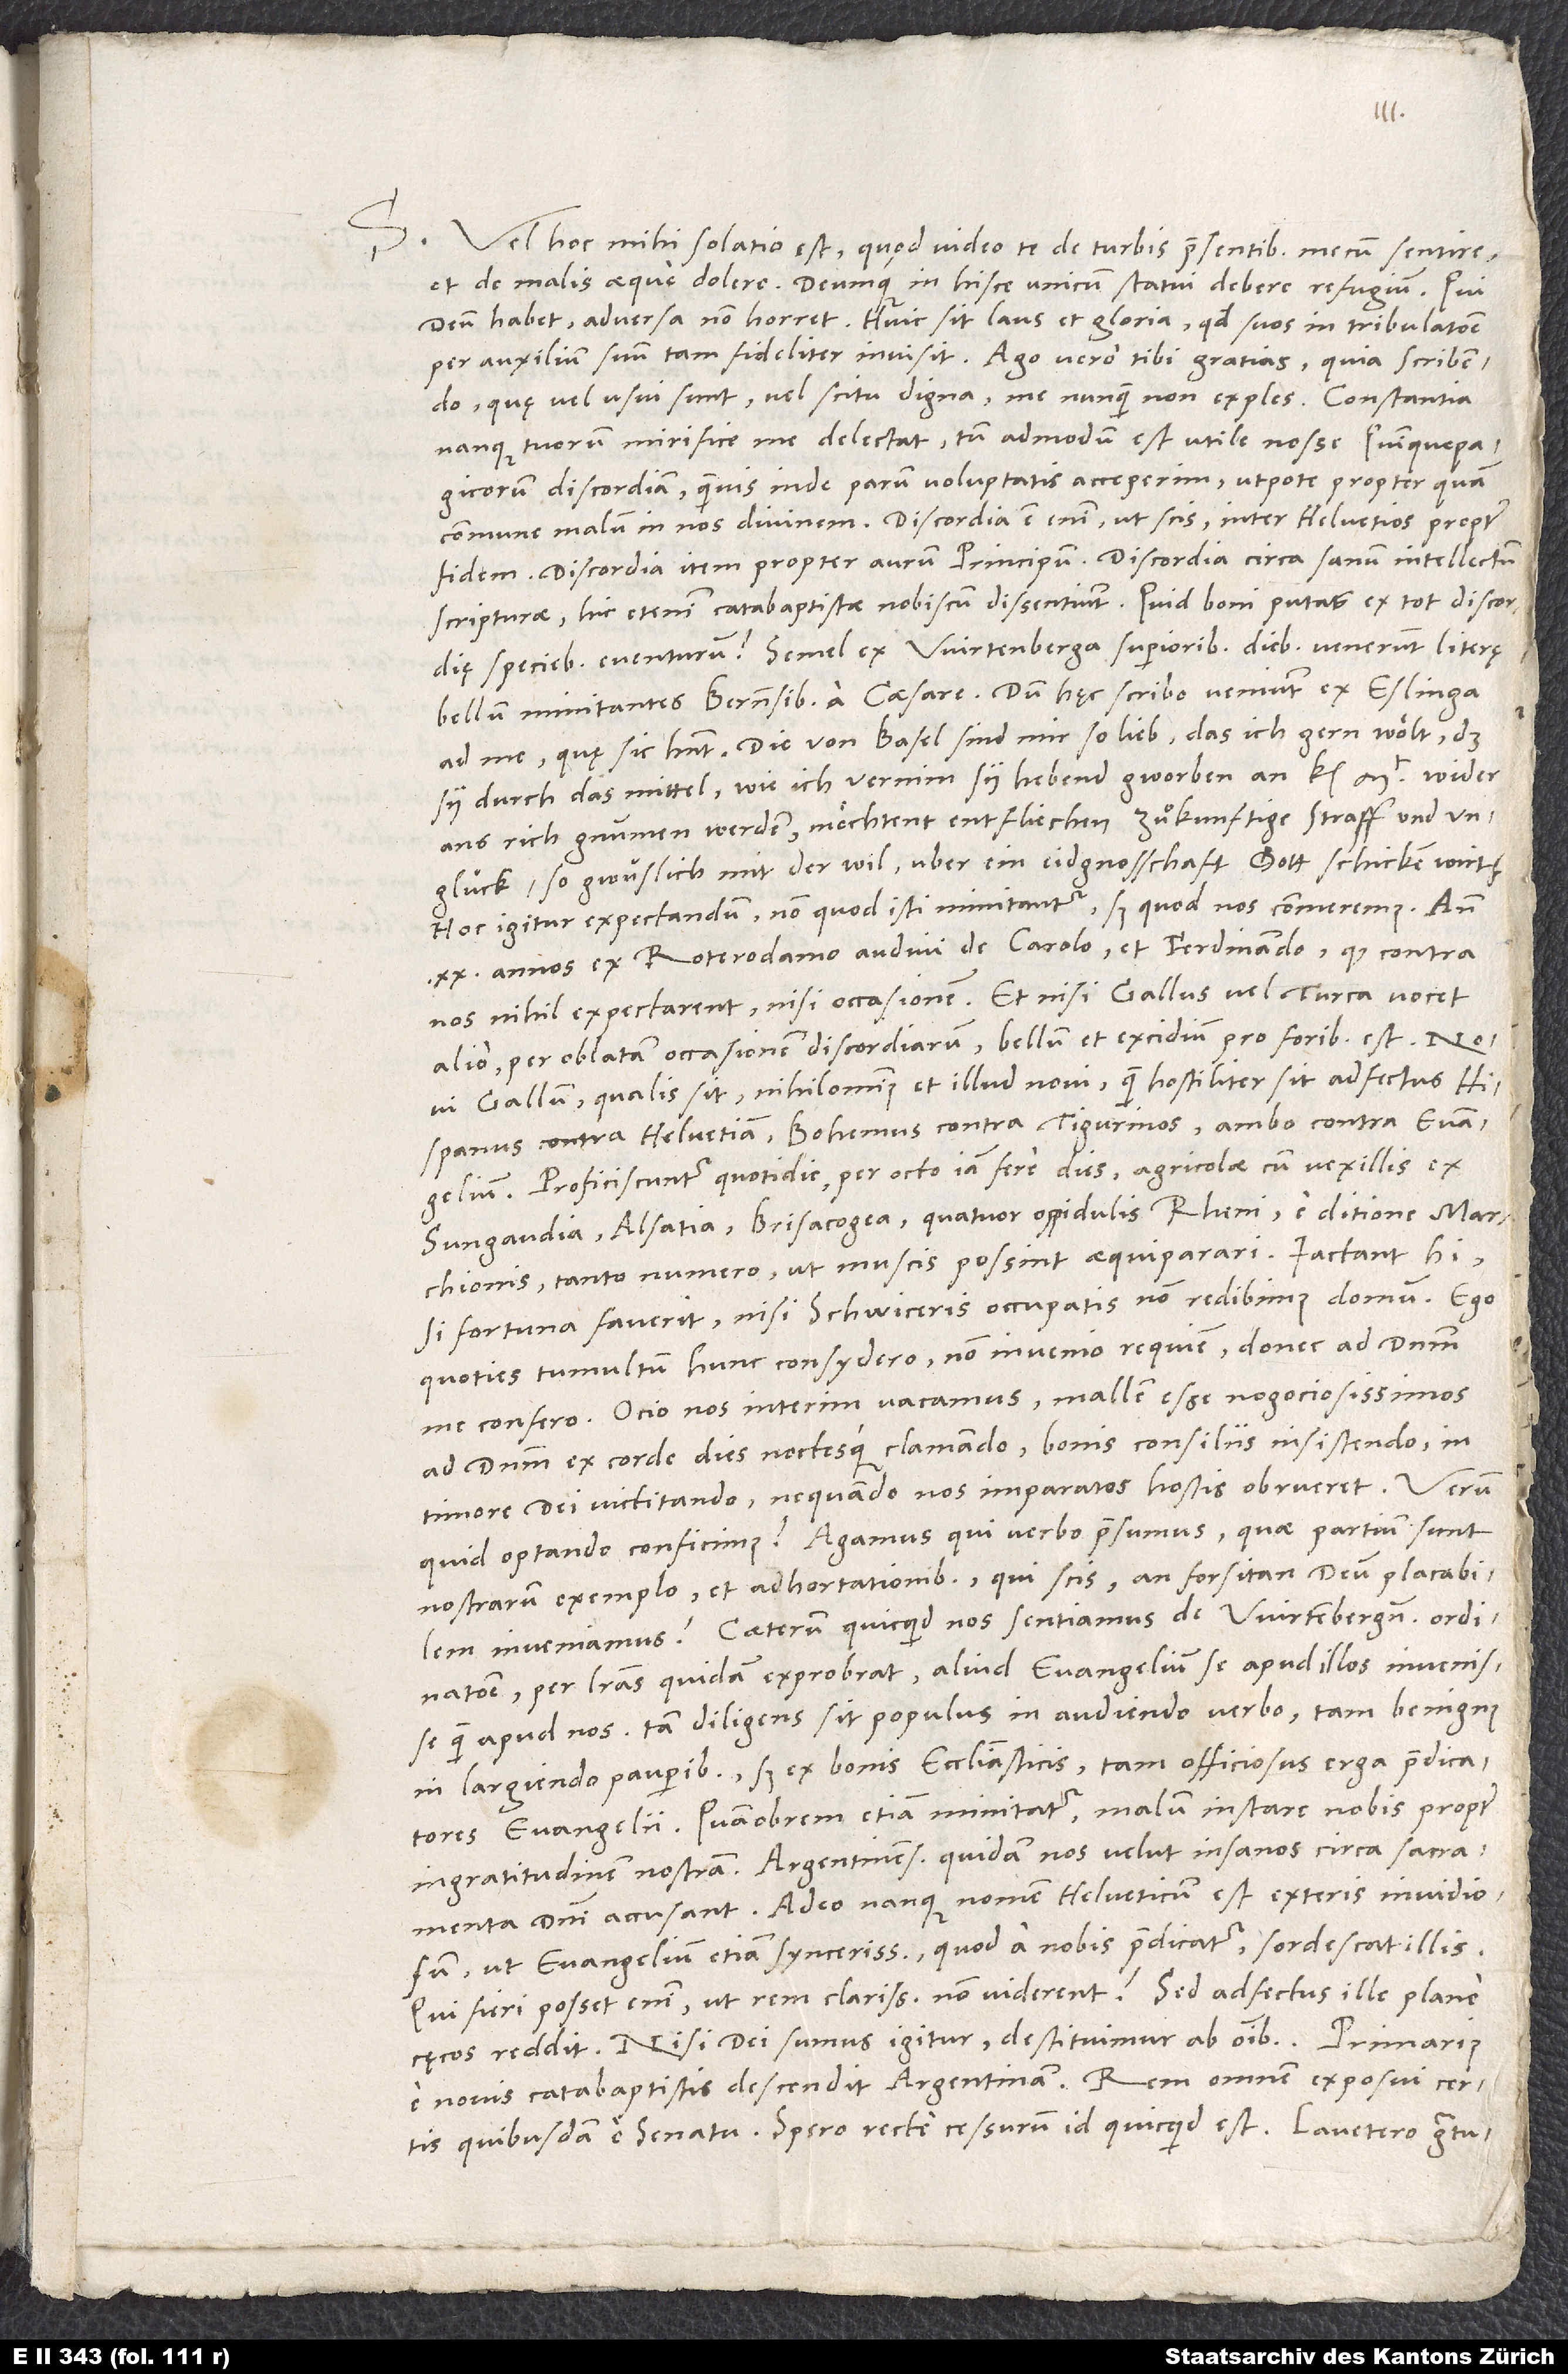
S. Vel hoc mihi solatio est, quod video te de turbis praesentibus mecum sentire
et de malis aeque dolere, deumque in hisce unicum statui debere refugium. Qui
deum habet, adversa non horret. Huic sit laus et gloria, quod suos in tribulatione
per auxilium suum tam fideliter invisit. Ago vero tibi gratias, quia scribendo,
quę vel usui sunt vel scitu digna, me nunquam non exples. Constantia
nanque tuorum mirifice me delectat; tum admodum est utile nosse Quinquepagicorum
discordiam, quamvis inde parum voluptatis acceperim, utpote propter quam
commune malum in nos divinem. Discordia est enim, ut scis, inter Helvetios propter
fidem, discordia item propter aurum principum, discordia circa sanum intellectum
scripturae; hic etenim catabaptistae nobiscum dissentiunt. Quid boni putas ex tot discordię
bellum minitantes Bernensibus a caesare. Dum haec scribo, veniunt ex Eslinga
ad me, quae sic habent: "Die von Basel sind mir so lieb, das ich gern wölt, daß
sy durch das mittel, wie ich vernim, sy hebend gworben an kt wider
ans rich gnummen werden, möchtent entfliechen zuͦkunftige straff und
unglück, so gwüslich mit der wil über ein eidgnosschaft gott schicken wirt."
Hoc igitur expectandum, non quod isti minitantur, sed quod nos commeremus. Ante
20 annos ex Roterodamo audivi de Carob et Ferdinando, qui contra
nos nihil expectarent nisi occasionem. Et nisi Gallus vel Turca vocet
alio, per oblatam occasionem discordiarum bellum et excidium pro foribus est. Novi
Gallum, qualis sit; nihilominus et illud novi, quam hostiliter sit adfectus Hispanus
contra Helvetiam, Bohemus contra Tigurinos, ambo contra evangelium.
Proficiscuntur quotidie per octo iam fere dies agricolae cum vexillis ex
Sungaudia, Alsatia, Brisacogea, quatuor oppidulis Rheni, e ditione marchionis
tanto numero, ut muscis possint aequiparari. Iactant hi:
"Si fortuna faverit, nisi Schwiceris occupatis non redibimus domum". Ego
quoties tumultum hunc consydero, non invenio requiem, donec ad dominum
me confero. Ocio nos interim vacamus; mallem esse negociosissimos
ad dominum ex corde dies noctesque clamando, bonis consiliis insistendo, in
timore dei victitando, ne quando nos imparatos hostis obrueret. Verum
quid optando conficimus? Agamus, qui verbo praesumus, quae partium sunt
nostrarum, exemplo et adhortationibus; qui scis, an forsitan deum placabilem
per literas quidam exprobrat aliud evangelium se apud illos invenisse
quam apud nos; tam diligens sit populus in audiendo verbo, tam benignus
in hargiendo pauperibus - sed ex bonis ecclesiasticis -, tam officiosus erga praedicatores
evangelii. Quamobrem etiam minitatur malum instare nobis propter
sacramenta domini accusant. Adeo nanque nomen Helveticum est exteris invidiosum,
ut evangelium etiam syncerissimum, quod a nobis praedicatur, sordescat illis.
Qui fieri posset enim, ut rem clarissimam non viderent? Sed adfectus ille plane
cęcos reddit. Nisi dei sumus igitur, destituimur ab omnibus.
e novis catabaptistis descendit Argentinam. Rem omnem exposui certis
quibusdam e senatu. Spero recte cessurum id, quicquid est.